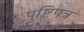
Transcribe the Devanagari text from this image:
पुष्टिपत्र